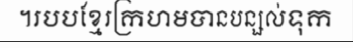
។របបខ្មែរក្រហមបានបន្សល់ទុក